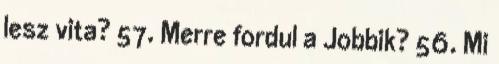
lesz vita? 57. Merre fordul a Jobbik? 56. Mi